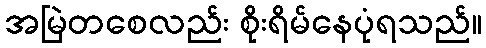
အမြဲတစေလည်း စိုးရိမ်နေပုံရသည်။